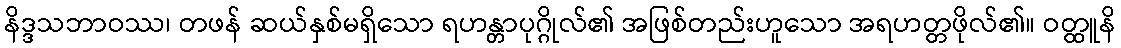
နိဒ္ဒသဘာဝဿ၊ တဖန် ဆယ်နှစ်မရှိသော ရဟန္တာပုဂ္ဂိုလ်၏ အဖြစ်တည်းဟူသော အရဟတ္တဖိုလ်၏။ ဝတ္ထူနိ